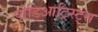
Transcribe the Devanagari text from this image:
पोडिआट्रिस्ट्स